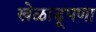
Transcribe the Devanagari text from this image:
खेळाडूपणा